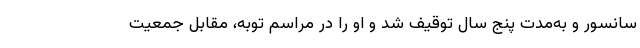
سانسور و به‌مدت پنج سال توقیف شد و او را در مراسم توبه، مقابل جمعیت